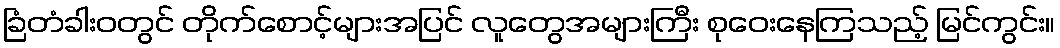
ခြံတံခါးဝတွင် တိုက်စောင့်များအပြင် လူတွေအများကြီး စုဝေးနေကြသည့် မြင်ကွင်း။